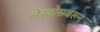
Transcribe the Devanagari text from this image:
लेस्बोसवरून